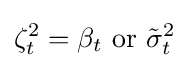
\zeta _{t}^{2}=\beta _{t}{\text{ or }}{\tilde {\sigma }}_{t}^{2}